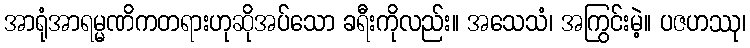
အာရုံအာရမ္မဏိကတရားဟုဆိုအပ်သော ခရီးကိုလည်း။ အသေသံ၊ အကြွင်းမဲ့။ ပဇဟဿု၊